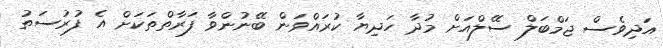
އަދިވެސް ޖަމްބަލް ސޭލްއަށް މުދާ ހަދިޔާ ކުރައްވަން ބޭނުންވާ ފަރާތްތަކަށް އެ ފުރުސަތު